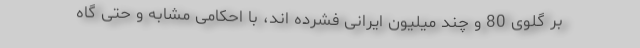
بر گلوی 80 و چند میلیون ایرانی فشرده اند، با احکامی مشابه و حتی گاه